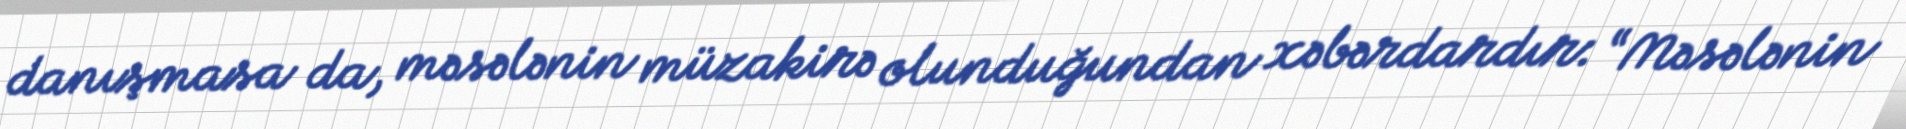
danışmasa da, məsələnin müzakirə olunduğundan xəbərdardır: “Məsələnin